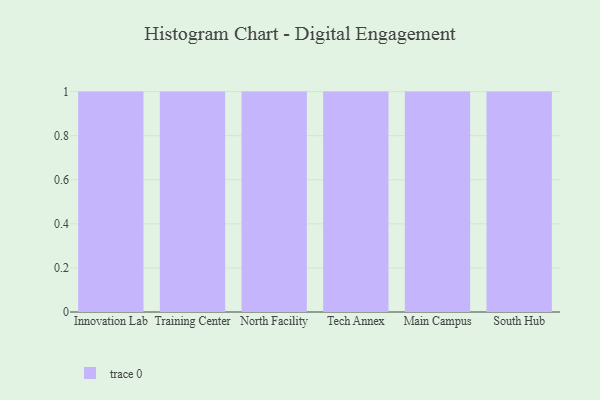
{"axis": {"x": "Campus", "y": "Latency (ms)"}, "legend": [""], "data": [{"x": "Innovation Lab", "y": 67, "type": ""}, {"x": "Training Center", "y": 21, "type": ""}, {"x": "North Facility", "y": 65, "type": ""}, {"x": "Tech Annex", "y": 94, "type": ""}, {"x": "Main Campus", "y": 5, "type": ""}, {"x": "South Hub", "y": 91, "type": ""}]}